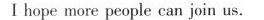
I hope more people can join us。